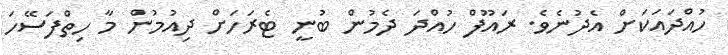
ހުއްދައަކަށް އެދުނެވެ. ރައޫފް ހުއްދަ ދެމުން ބުނީ ޓެރަހަށް ދިއުމުން މާ ހިތްފަސޭހަ